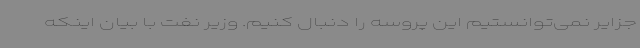
جزایر نمی‌توانستیم این پروسه را دنبال کنیم. وزیر نفت با بیان اینکه